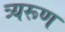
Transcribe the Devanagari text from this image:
त्र्यरूण